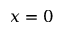
x = 0